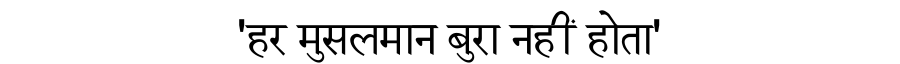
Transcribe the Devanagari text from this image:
'हर मुसलमान बुरा नहीं होता'